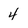
Character: 4